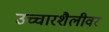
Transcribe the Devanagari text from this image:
उच्चारशैलीवर